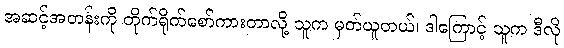
အဆင့်အတန်းကို တိုက်ရိုက်စော်ကားတာလို့ သူက မှတ်ယူတယ်၊ ဒါကြောင့် သူက ဒီလို